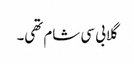
گلابی سی شام تھی۔